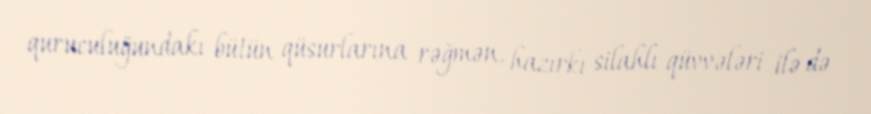
quruculuğundakı bütün qüsurlarına rəğmən, hazırkı silahlı qüvvələri ilə də